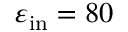
\varepsilon _ { \mathrm { i n } } = 8 0